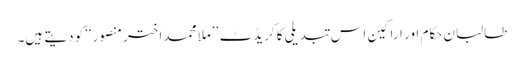
طالبان حکام اور اراکین اس تبدیلی کا کریڈٹ ’’ملا محمد اختر منصور‘‘کو دیتے ہیں۔